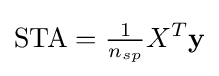
\mathrm {STA} ={\tfrac {1}{n_{sp}}}X^{T}\mathbf {y}